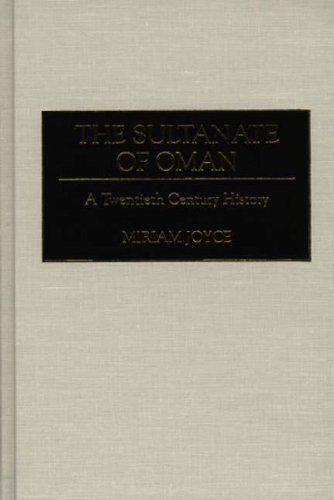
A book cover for The Sultanate of Oman: A Twentieth Century History (Contributions to the Study of Mass); Miriam Joyce; History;